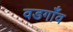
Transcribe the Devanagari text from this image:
वडगाँव